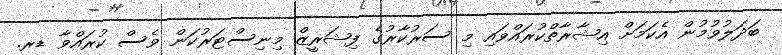
ބަދަލުވުމުން އެކަމަށް އިޝާރާތްކުރައްވައި މި ސަރުކާރުގެ ފިޝަރީޒް މިނިސްޓަރުކަން ވެސް ކުރައްވާ ޑރ.